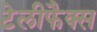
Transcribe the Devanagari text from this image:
टेलीफैक्स